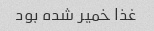
غذا خمیر شده بود